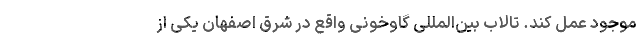
موجود عمل کند. تالاب بین‌المللی گاوخونی واقع در شرق اصفهان یکی از